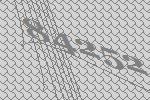
84252